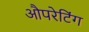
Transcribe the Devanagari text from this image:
औपरेटिंग